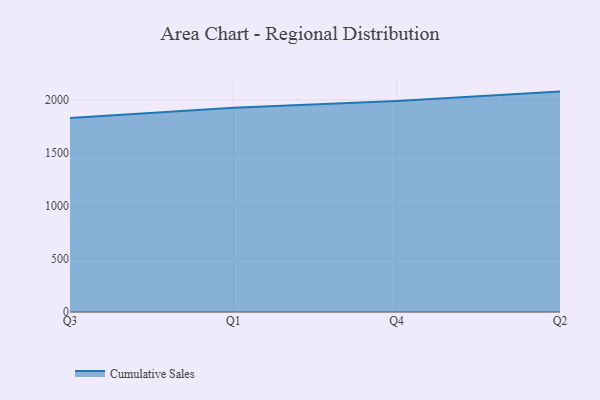
{"axis": {"x": "Quarter", "y": "Energy Usage (MWh)"}, "legend": ["Cumulative Sales"], "data": [{"x": "Q3", "y": 1830.6, "type": "Cumulative Sales"}, {"x": "Q1", "y": 1925.3, "type": "Cumulative Sales"}, {"x": "Q4", "y": 1989.5, "type": "Cumulative Sales"}, {"x": "Q2", "y": 2078.6, "type": "Cumulative Sales"}]}